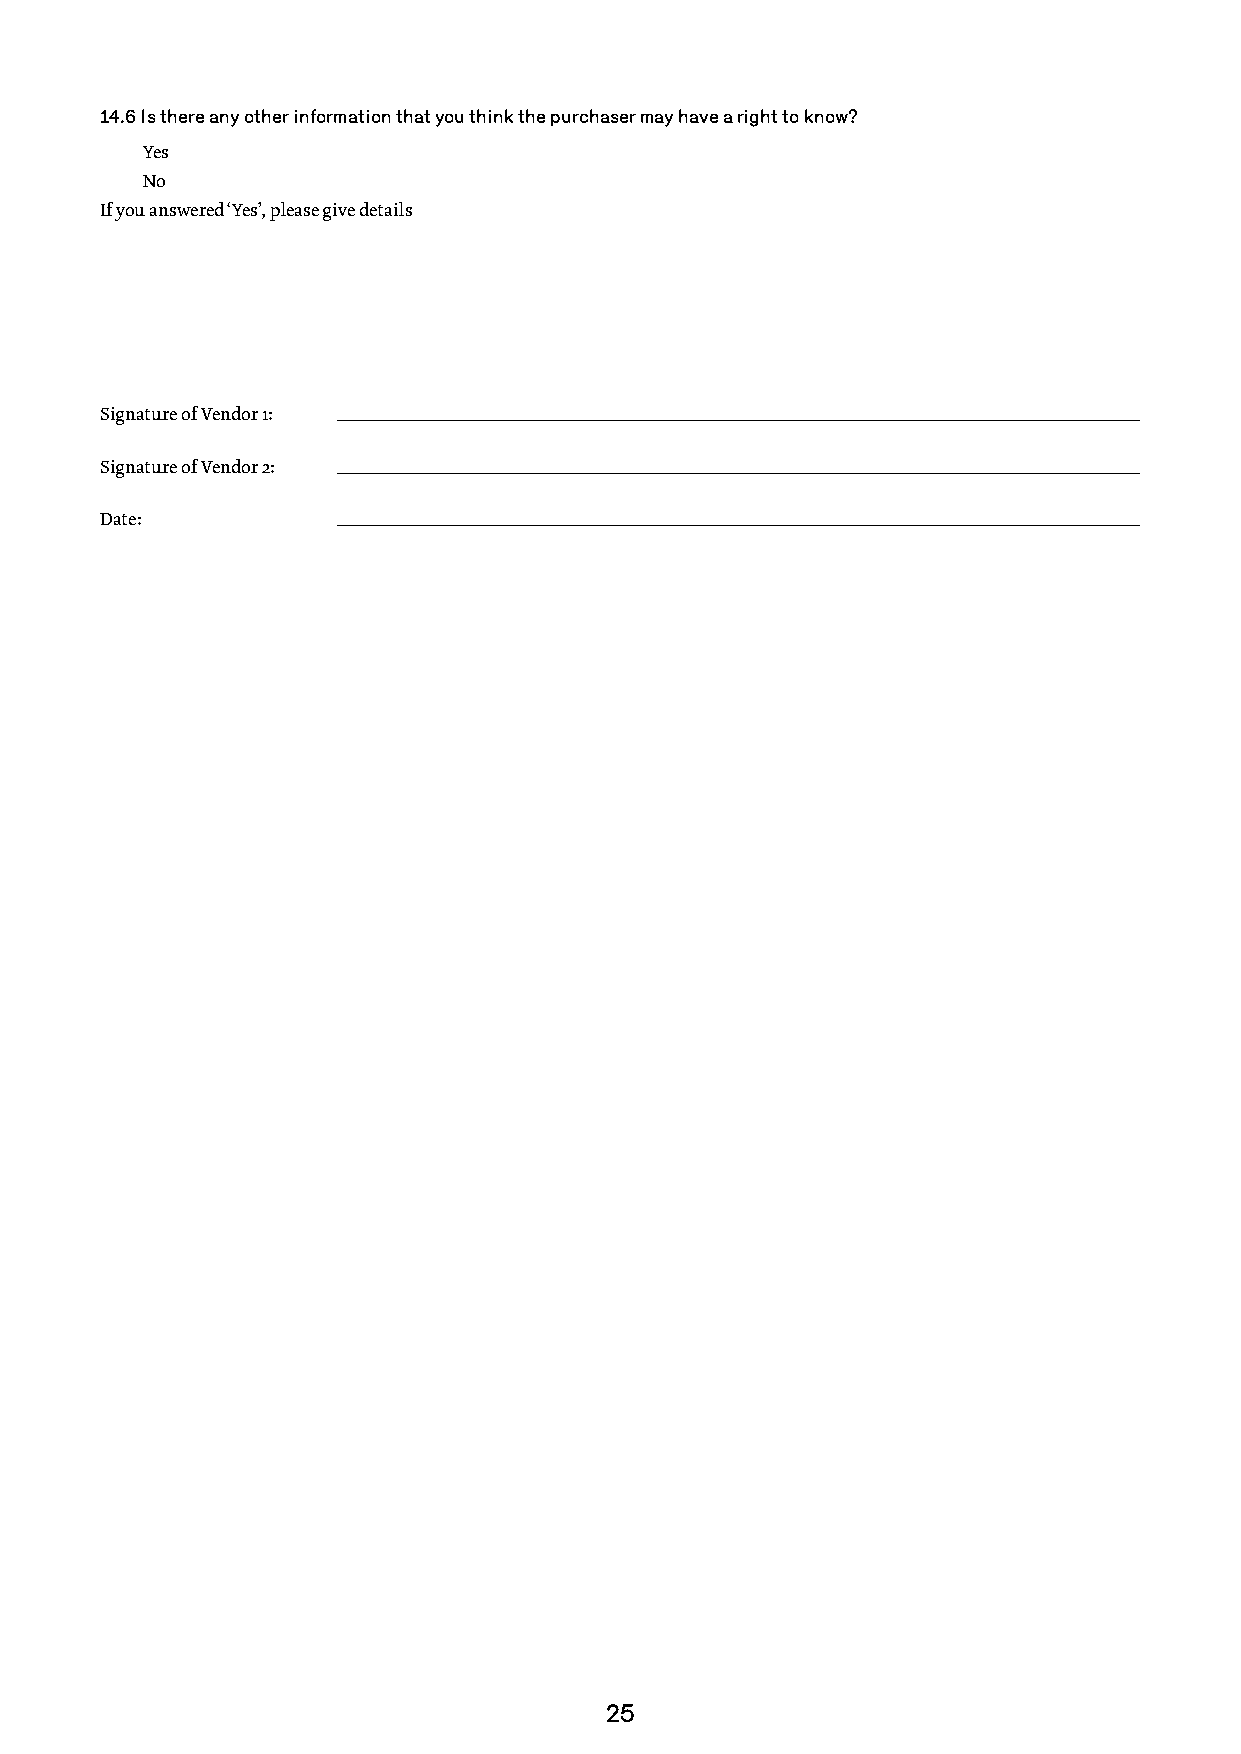
14.6 Is there any other information that you think the purchaser may have a right to know?
 Yes
 No
 If you answered ‘Yes’, please give details
 Signature of Vendor 1:
 Signature of Vendor 2:
 Date:
 25